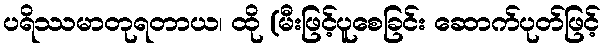
ပရိဿမာတုရတာယ၊ ထို (မီးဖြင့်ပူစေခြင်း ဆောက်ပုတ်ဖြင့်